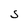
Character: S